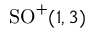
\mathrm { S O } ^ { + } ( 1 , 3 )